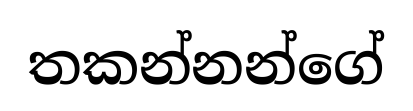
තකන්නන්ගේ